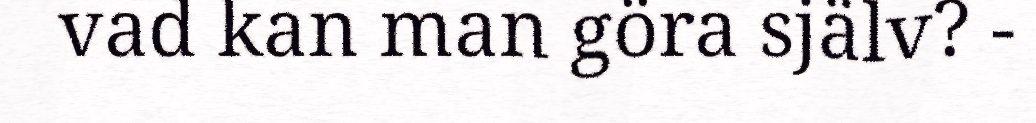
vad kan man göra själv? -